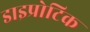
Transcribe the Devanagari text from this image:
डाइप्रोटिक